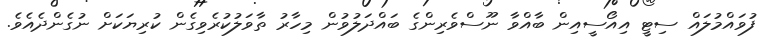
ފުވައްމުލައް ސިޓީ އިއޯސީއިން ބާއްވާ ނޫސްވެރިންގެ ބައްދަލުވުން މިހާރު ތާވަލުކުރެވިގެން ކުރިޔަކަށް ނުގެންދެއެވެ.